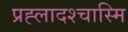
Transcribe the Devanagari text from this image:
प्रह्लादश्चास्मि